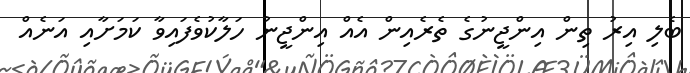
ބެލި އިރު ތިން އިންޖީނުގެ ތެރެއިން އެއް އިންޖީނު ހަލާކުވެފައިވާ ކަމަށާއި އަނެއް